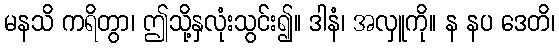
မနသိ ကရိတွာ၊ ဤသို့နှလုံးသွင်း၍။ ဒါနံ၊ အလှူကို။ န နပ ဒေတိ၊